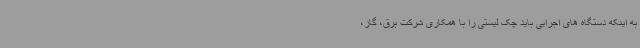
به اینکه دستگاه های اجرایی باید چک لیستی را با همکاری شرکت برق، گاز،